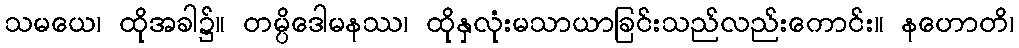
သမယေ၊ ထိုအခါ၌။ တမ္ပိဒေါမနဿ၊ ထိုနှလုံးမသာယာခြင်းသည်လည်းကောင်း။ နဟောတိ၊